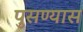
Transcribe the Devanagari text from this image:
पुसण्यास